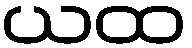
ယထ